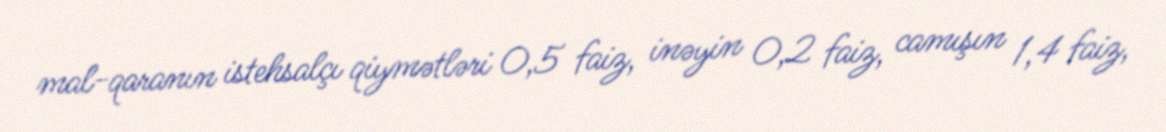
mal-qaranın istehsalçı qiymətləri 0,5 faiz, inəyin 0,2 faiz, camışın 1,4 faiz,